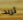
تريد